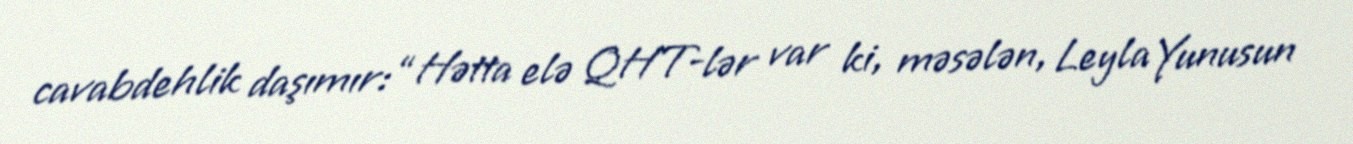
cavabdehlik daşımır: “Hətta elə QHT-lər var ki, məsələn, Leyla Yunusun